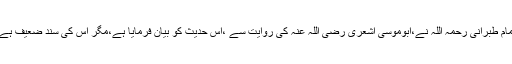
امام طبرانی رحمہ اللہ نے،ابوموسیٰ اشعری رضی اللہ عنہ کی روایت سے ،اس حدیث کو بیان فرمایا ہے،مگر اس کی سند ضعیف ہے۔